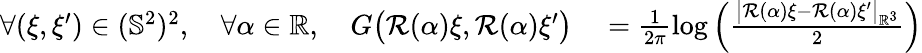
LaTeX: \begin{array}{rl}{\forall(\xi,\xi^{\prime})\in(\mathbb{S}^{2})^{2},\quad\forall\alpha\in\mathbb{R},\quad G\big(\mathcal{R}(\alpha)\xi,\mathcal{R}(\alpha)\xi^{\prime}\big)}&{{}=\frac{1}{2\pi}\log\left(\frac{\big|\mathcal{R}(\alpha)\xi-\mathcal{R}(\alpha)\xi^{\prime}\big|_{\mathbb{R}^{3}}}{2}\right)}\end{array}